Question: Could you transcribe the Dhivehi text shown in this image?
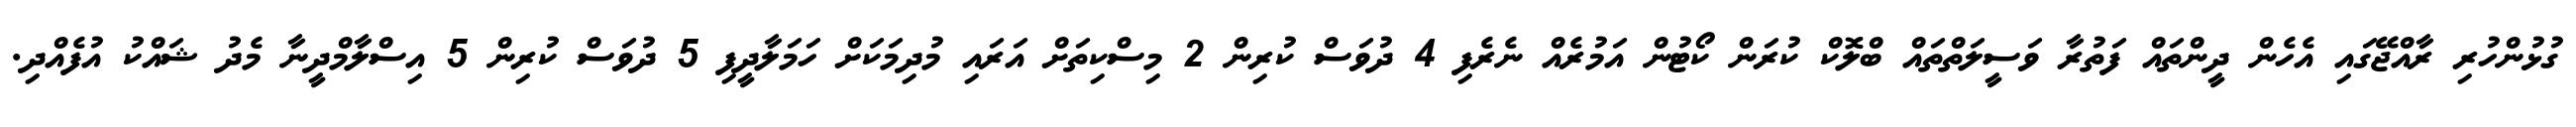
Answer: ގުޅުންހުރި ރާއްޖޭގައި އެހެން ދީންތައް ފަތުރާ ވަސީލަތްތައް ބްލޮކް ކުރަން ކޯޓުން އަމުރެއް ނެރެފި 4 ދުވަސް ކުރިން 2 މިސްކިތަށް އަރައި މުދިމަކަށް ހަމަލާދީފި 5 ދުވަސް ކުރިން 5 އިސްލާމްދީނާ މެދު ޝައްކު އުފެއްދި.